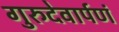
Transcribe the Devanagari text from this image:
गुरुदेवार्पणं